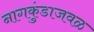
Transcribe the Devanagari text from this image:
नागकुंडाजवळ